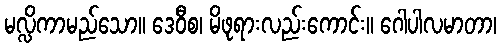
မလ္လိကာမည်သော။ ဒေဝီစ၊ မိဖုရားလည်းကောင်း။ ဂေါပါလမာတာ၊